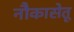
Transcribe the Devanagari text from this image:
नौकासेतू